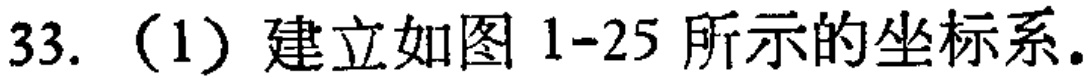
33.（1）建立如图 1-25 所示的坐标系.